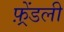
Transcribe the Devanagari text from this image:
फ़्रेंडली